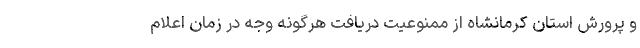
و پرورش استان کرمانشاه از ممنوعیت دریافت هرگونه وجه در زمان اعلام